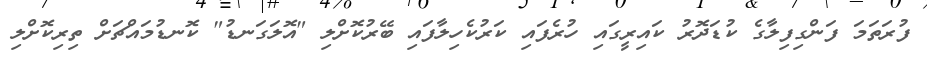
ފުރަތަމަ ފަންގިފިލާގެ ކުޑަދޮރު ކައިރީގައި ހުރެފައި ކަރުކެހިލާފައި ބޭރުކޮށްލި "އޮލަގަނޑު" ކޮނޑުމައްޗަށް ތިރިކޮށްލި